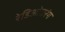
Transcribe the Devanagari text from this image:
रेडिओतरंग